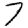
Digit: 7